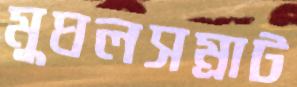
মুঘলসম্রাট